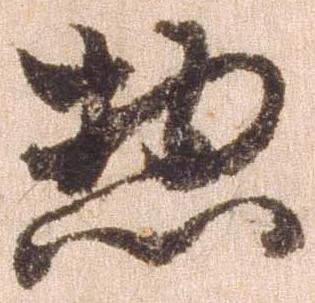
惣